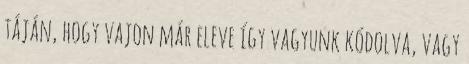
táján, hogy vajon már eleve így vagyunk kódolva, vagy